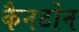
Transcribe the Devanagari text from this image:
कैनटोन